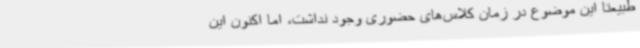
طبیعتاً این موضوع در زمان کلاس‌های حضوری وجود نداشت، اما اکنون این